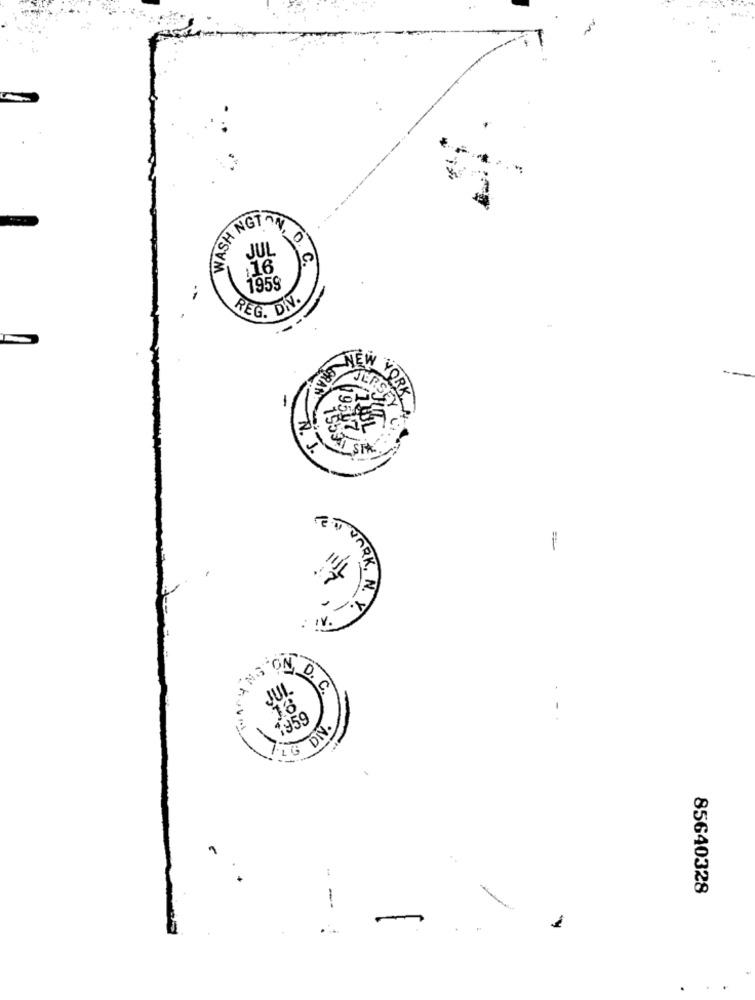
WASH NG
0
REG. DI.
GRAN
YORK
N. J
NO. ONY
0.6.
inf
1959
LG DIN.
1
85640328
-